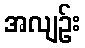
အလျဉ်း